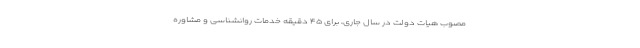
مصوب هیات دولت در سال جاری، برای ۴۵ دقیقه خدمات روانشناسی و مشاوره